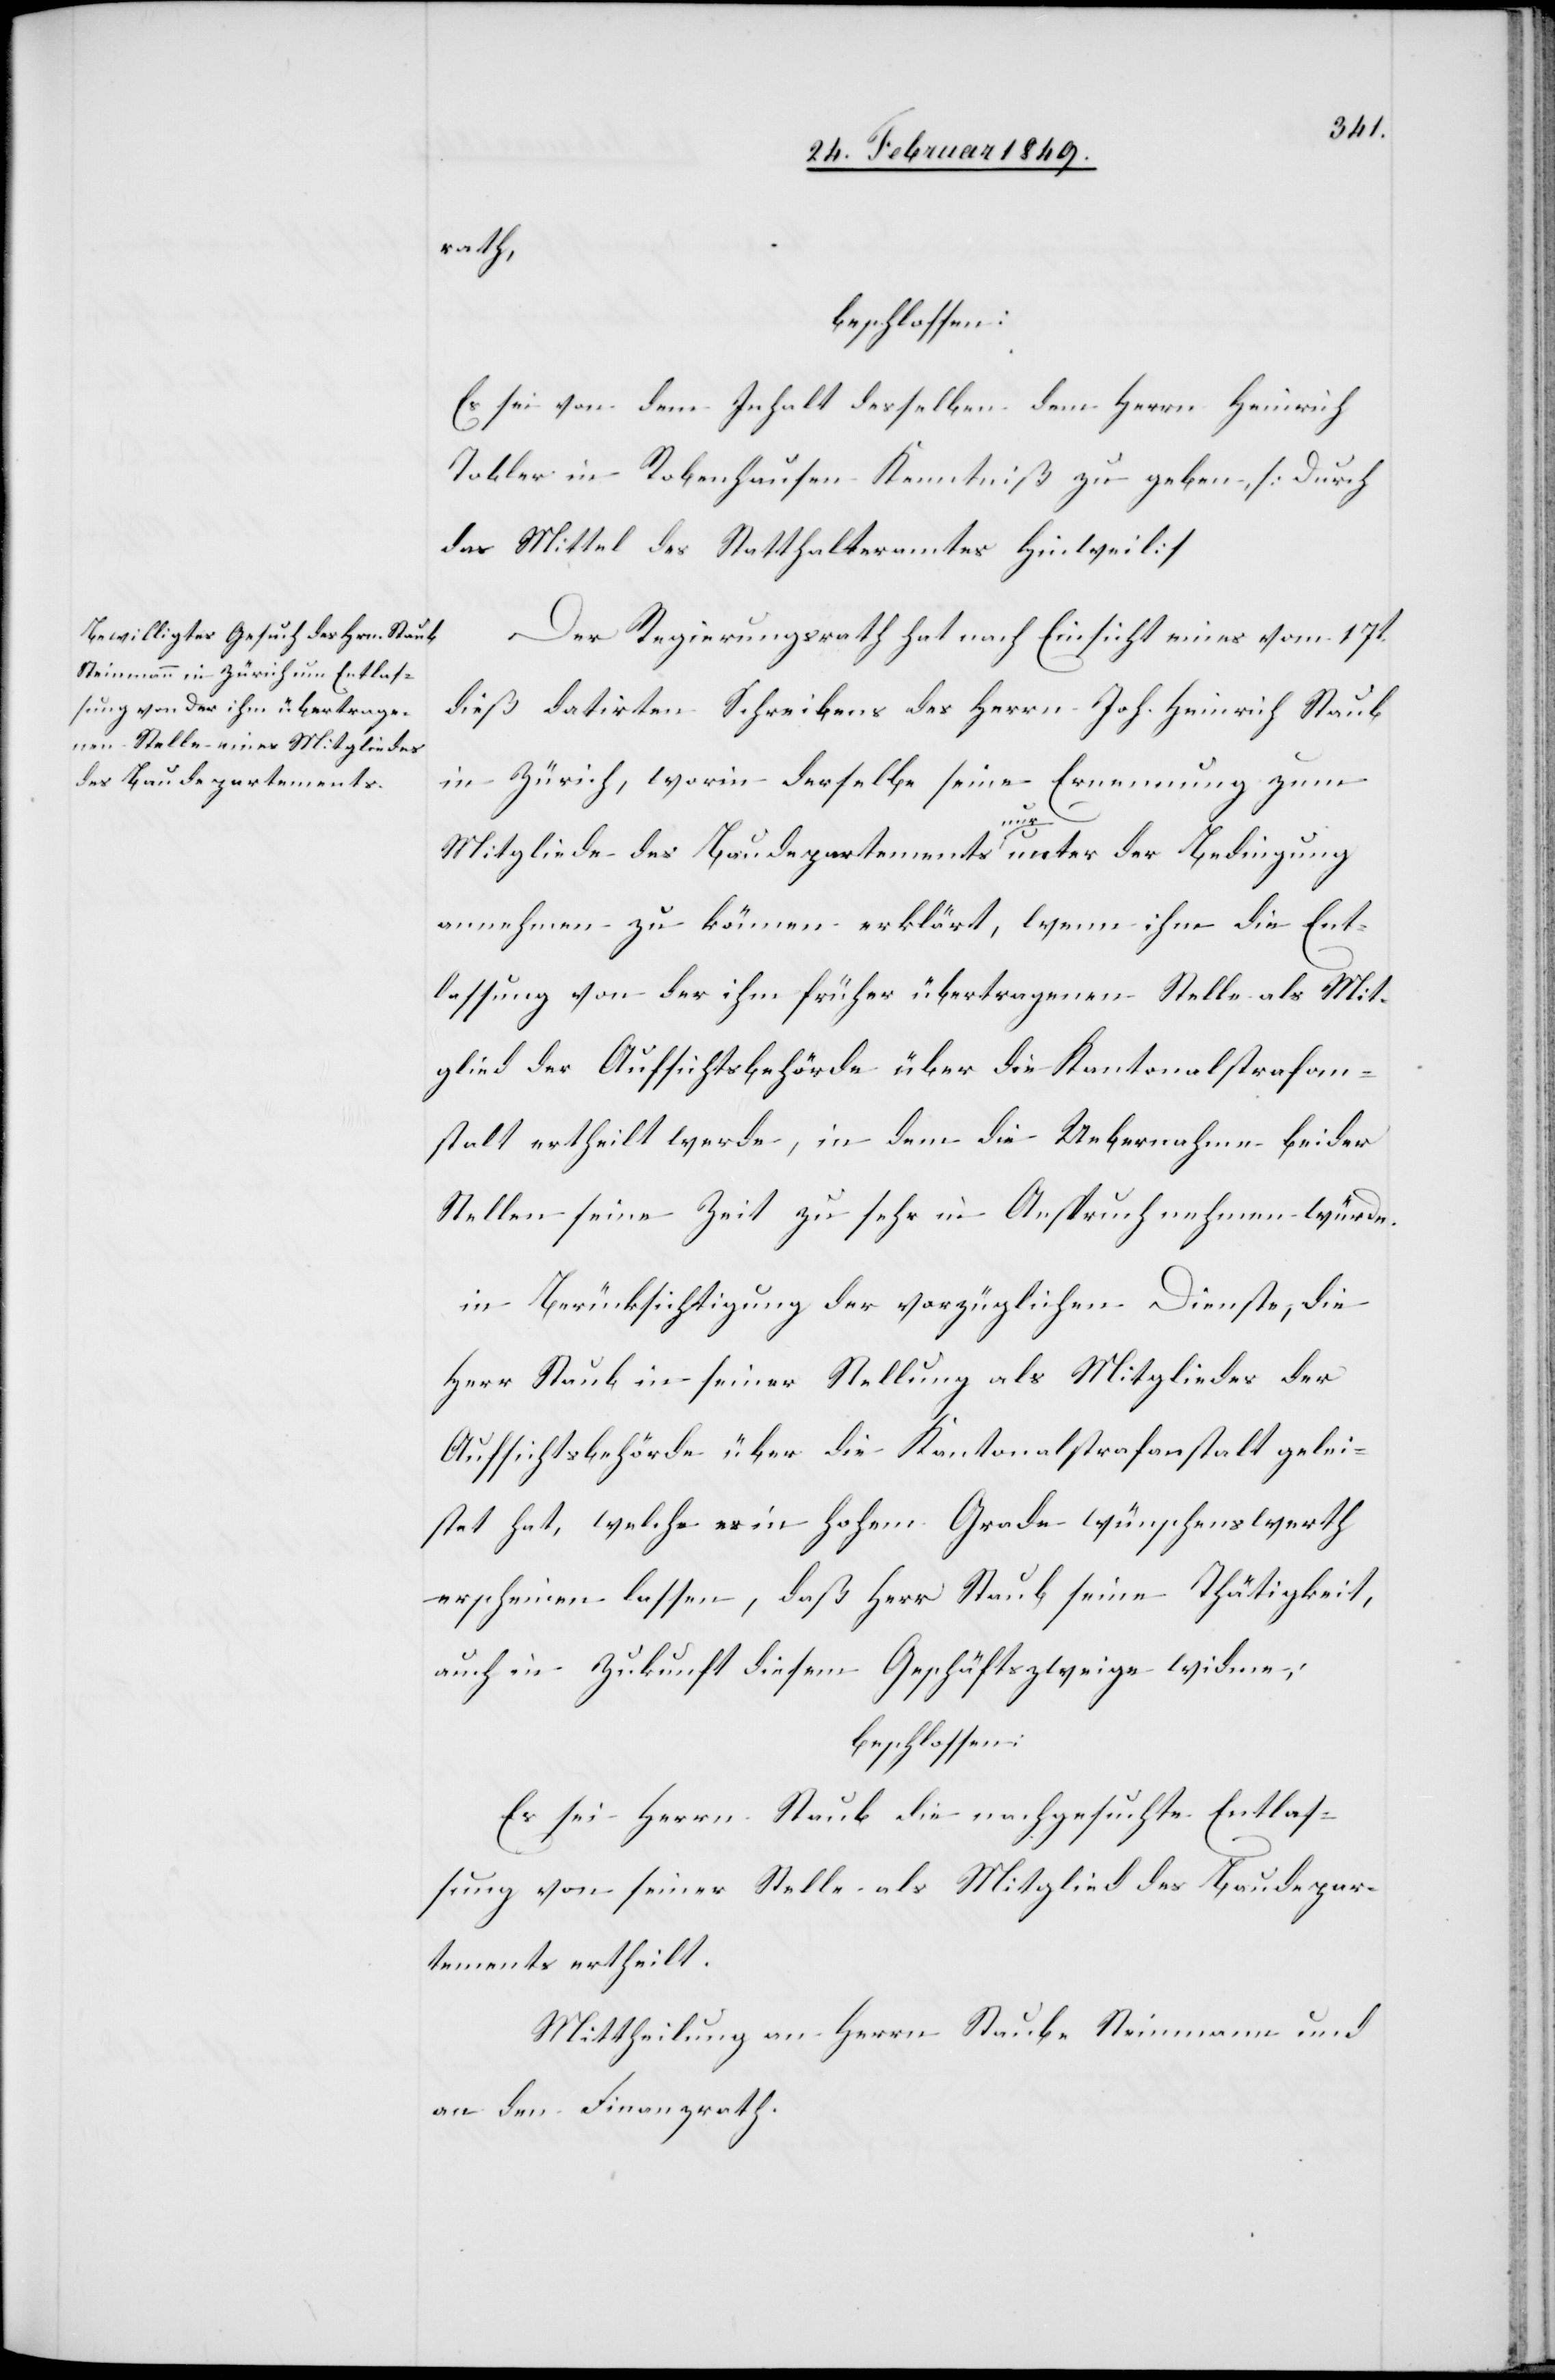
rath,
beschlossen:
Es sei von dem Inhalt desselben dem Herrn Heinrich
Tobler in Robenhausen Kenntniß zu geben. [durch
das Mittel des Statthalteramtes Hinweil]
Der Regierungsrath hat nach Einsicht eines vom 17t.
dieß datirten Schreibens des Herrn Joh. Heinrich Staub
in Zürich, worin derselbe seine Ernennung zum
Mitgliede des Baudepartements nur unter der Bedingung
annehmen zu können erklärt, wenn ihm die Ent¬
lassung von der ihm früher übertragenen Stelle als Mit¬
glied der Aufsichtsbehörde über die Kantonalstrafan¬
stalt ertheilt werde, in dem die Uebernahme beider
Stellen seine Zeit zu sehr in Anspruch nehmen würde.
in Berücksichtigung der vorzüglichen Dienste, die
Herr Staub in seiner Stellung als Mitgliedes
Aufsichtsbehörde über die Kantonalstrafanstalt gelei¬
stet hat, welche es in hohem Grade wünschenswerth
erscheinen lassen, daß Herr Staub seine Thätigkeit,
auch in Zukunft diesem Geschäftszweige widme;
beschlossen:
Es sei Herrn Staub die nachgesuchte Entlas¬
sung von seiner Stelle als Mitglied des Baudepar¬
tements ertheilt.
Mittheilung an Herrn Staub-Steinmann und
an den Finanzrath.